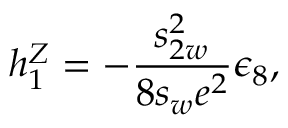
h _ { 1 } ^ { Z } = - \frac { s _ { 2 w } ^ { 2 } } { 8 s _ { w } e ^ { 2 } } \epsilon _ { 8 } ,